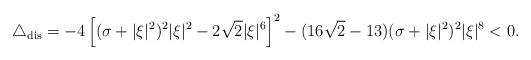
LaTeX: \begin{align*}\triangle_{\mathrm{dis}}=-4\left[(\sigma+|\xi|^2)^2|\xi|^2-2\sqrt{2}|\xi|^6\right]^2-(16\sqrt{2}-13)(\sigma+|\xi|^2)^2|\xi|^8<0.\end{align*}